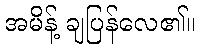
အမိန့် ချပြန်လေ၏။